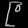
Digit: ၉